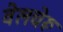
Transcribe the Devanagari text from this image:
वेलचेरू